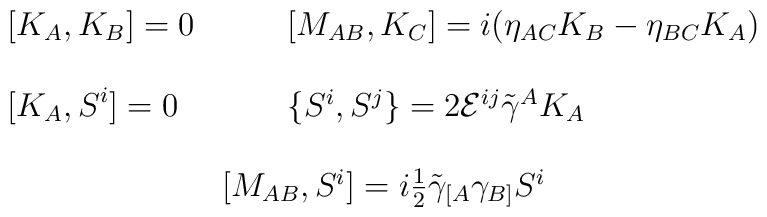
\begin{array}{ll}[K_{A},K_{B}]=0~~~ &~~~[M_{AB},K_{C}]=i(\eta_{AC}K_{B}-\eta_{BC}K_{A})\\{}&{}\\\displaystyle{[K_{A},S^{i}]=0} ~~~&~~~ \{S^{i},S^{j}\}=2{\cal E}^{ij}\tilde{\gamma}^{A}K_{A}\\{}&{}\\\multicolumn{2}{c}{[M_{AB},S^{i}]=i\textstyle{\frac{1}{2}}\tilde{\gamma}_{[A}\gamma_{B]}S^{i}}\end{array}